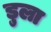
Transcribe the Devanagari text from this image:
डुला